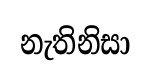
නැතිනිසා